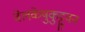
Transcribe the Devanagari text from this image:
वेलकेष़ुकुट्टुवन